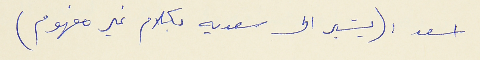
اسعد : (يشير الى سعديه بكلام غير مفهوم)